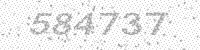
Solution: 584737